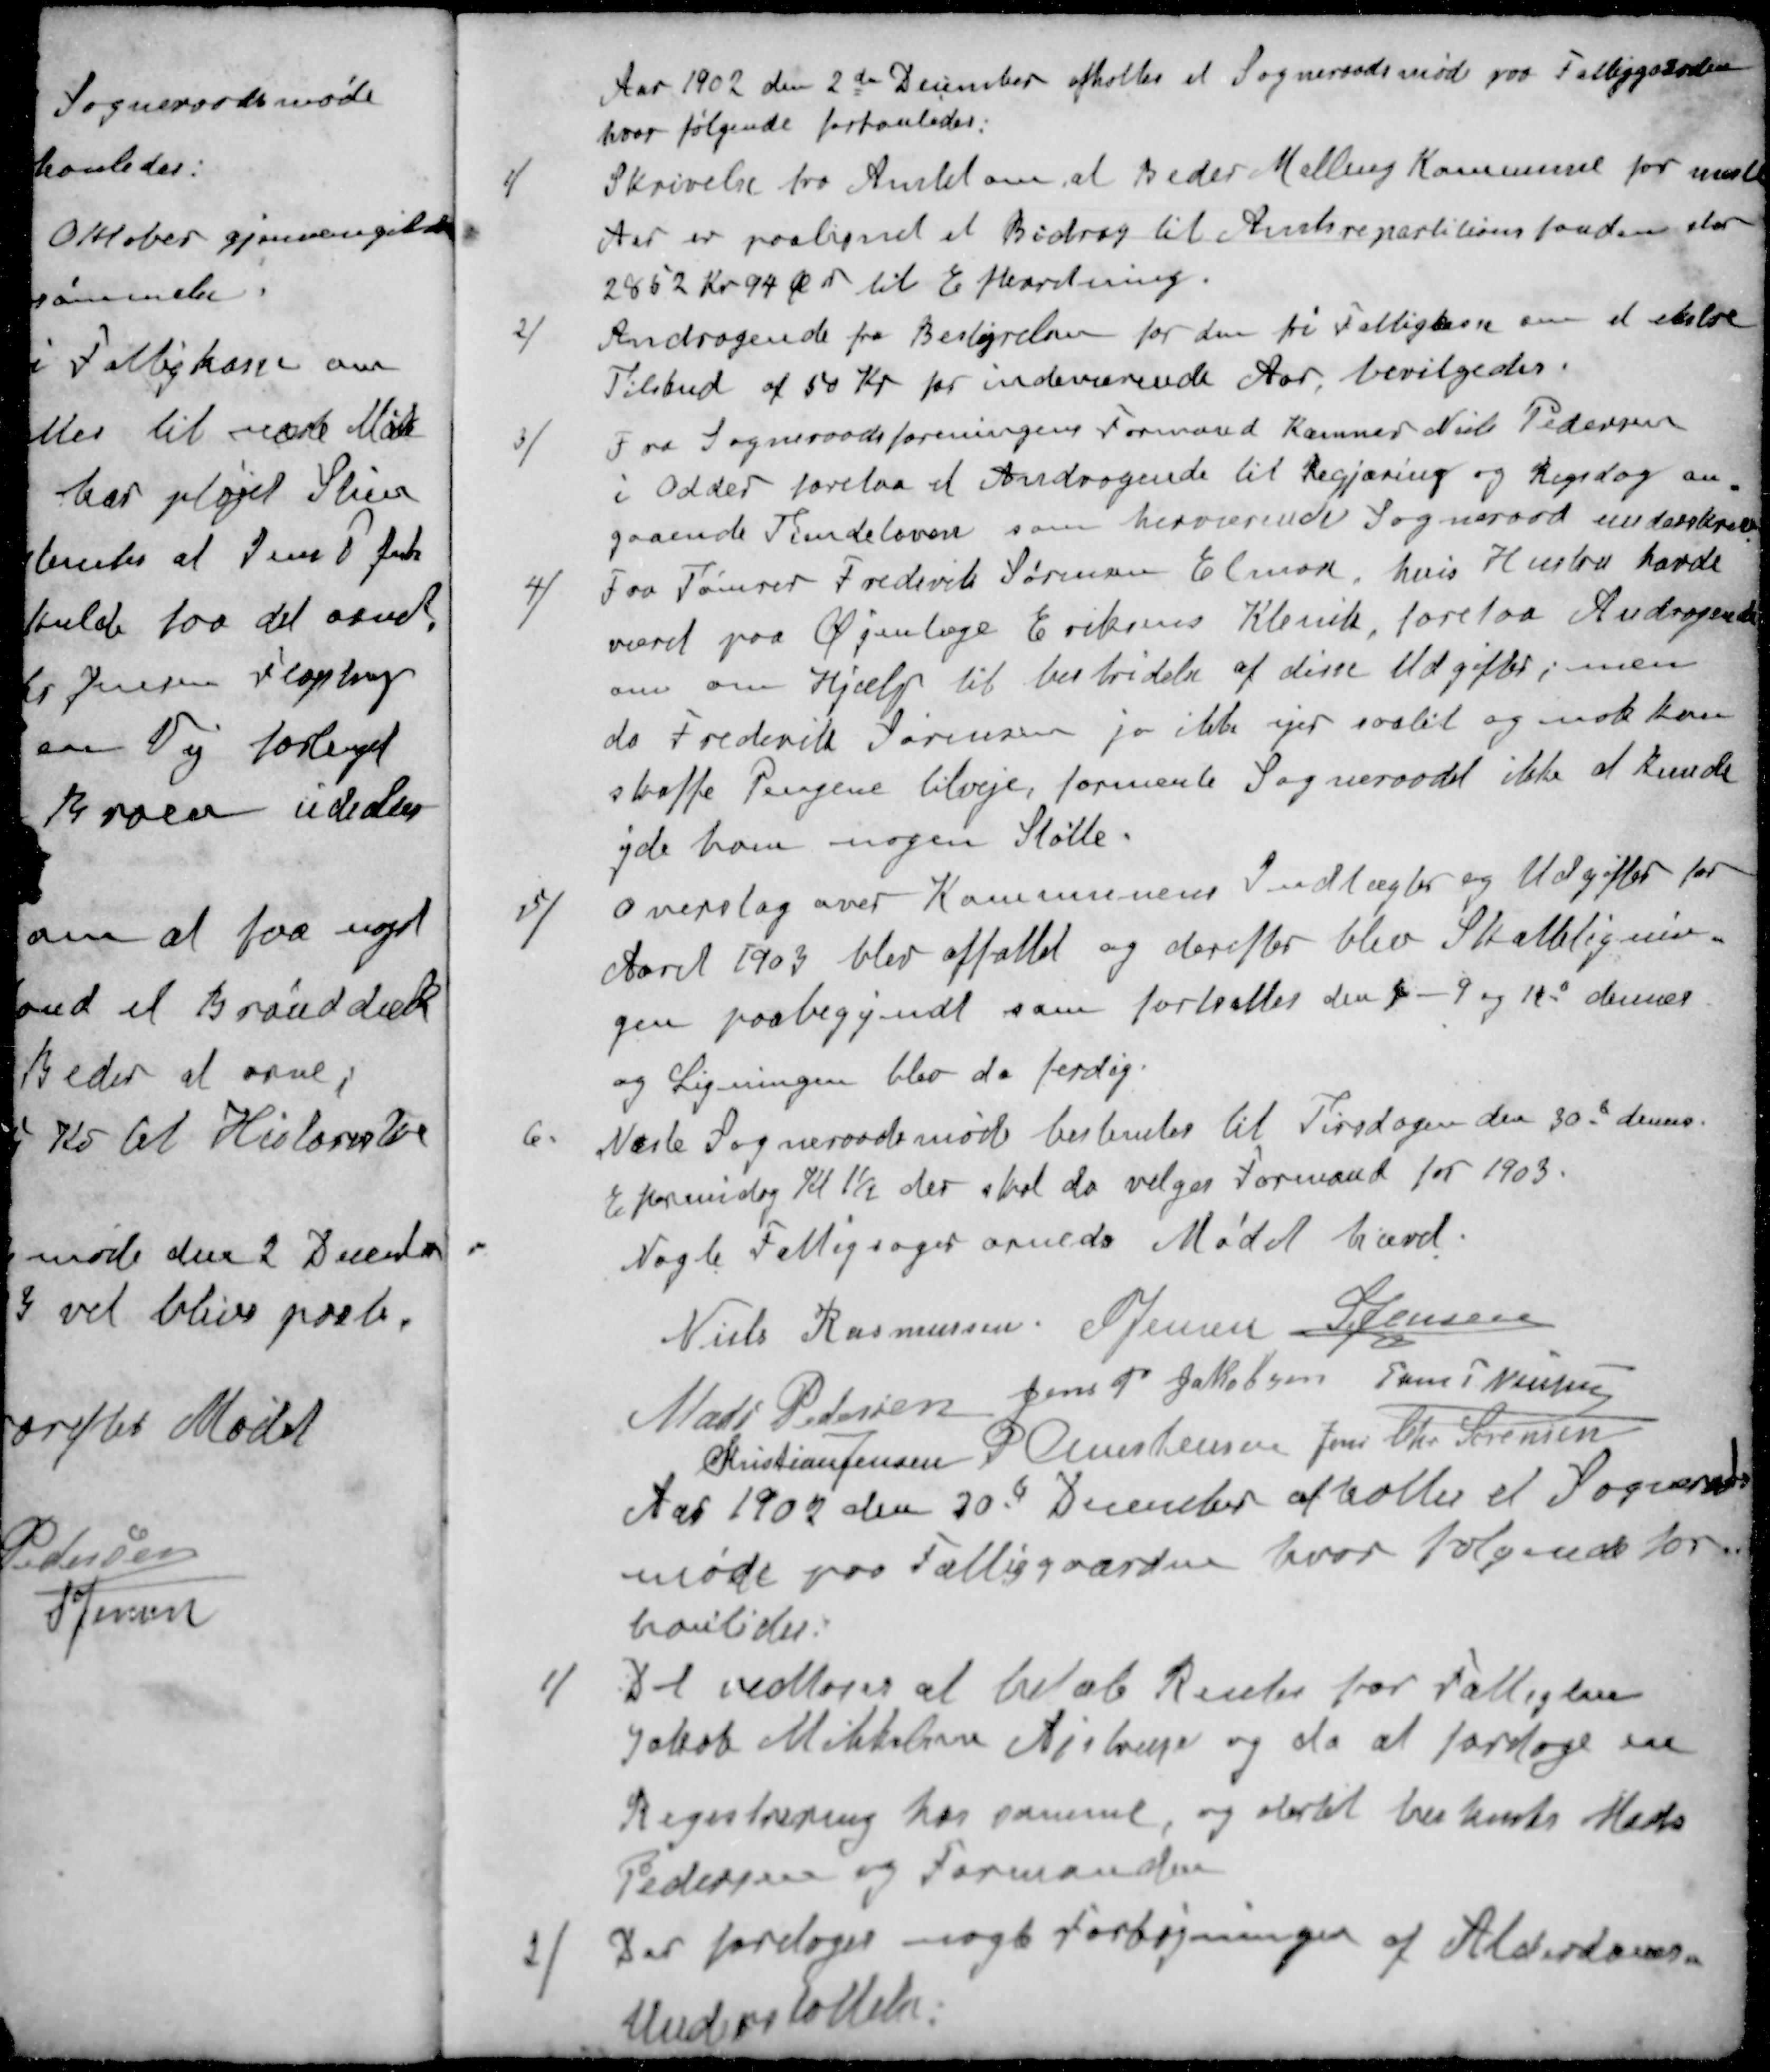
Transskription:
Aar 1902 den 2de December afholtes et Sogneraadsmøde paa Fattiggaarden
hvor følgende forhanledes.
1 / Skrivelse fra Amtet om, at Beder Malling Kommune for næste
Aar er paalignet et Bidrag til Amtsrepartitionsfonden stor
2852 Kr. 94 Ør til Efterretning.
2 / Andragende fra Bestyrelsen for den fri Fattigkasse om et ekstre
Tilskud af 50 Kr for indeværende Aar, bevilgedes.
3 / Fra Sogneraadsforeningens Formand Kæmner Niels Pedersen
i Odder forelaa et Andragende til Begjæring og Rigsdag an-
gaaende Tiendeloven som herværende Sogneraad underskrev
4 / Fra Tømrer Frederik Sørensen Elmose, hvis Hustru havde
været paa Øjenlæge Eriksens Klenik, forelaa Andragende
om om Hjælp til bestridelse af disse Udgifter; men
da Frederik Sørensen jo ikke ejer saalit og nok kan
skaffe Pengene tilveje, formente Sogneraadet ikke at kunde
yde ham nogen Støtte.
5 / Overslag over Kommunens Indtægter og Udgifter for
Aaret 1903 blev affattet og derefter blev Skattelignin-
gen paabegyndt som fortsattes den 1-9 og 18 dennes
og Ligningen blev da ferdig.
6 / Næste Sogneraadsmøde bestemtes til Tirsdagen den 30d dennes
Eftermidag Kl 1½ der skal da velges Formand for 1903.
Nogle Fattigsager orneds Mødet hævet.
Niels Rasmussen
S Jensen
S Jensen
Mads Pedersen
Jens P Jakobsen
Jens P Nielsen
Kristian Jensen
P. Christensen
Jens Chr Sørensen
Aar 1902 den 20d December afholtes et Sogneraads-
møde paa Fattiggaarden hvor følgende for-
hanledes.
1 / Det vedtoges at betale Renter for Fattiglem
Jakob Mikkelsen Ajstrup og da at foretage en
Registrering hos samme, og dertil bestemts Mads
Pedersen og Formanden
2 / Der foretoges nogle Forhøjninger af Alderdoms-
Understøttelse.